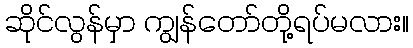
ဆိုင်လွန်မှာ ကျွန်တော်တို့ရပ်မလား။